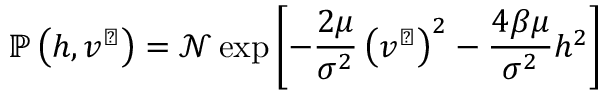
\mathbb { P } \left( h , v ^ { \perp } \right) = \mathcal { N } \exp \left[ - \frac { 2 \mu } { \sigma ^ { 2 } } \left( { v ^ { \perp } } \right) ^ { 2 } - \frac { 4 \beta \mu } { \sigma ^ { 2 } } h ^ { 2 } \right]